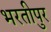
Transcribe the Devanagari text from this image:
भरतीपुर